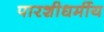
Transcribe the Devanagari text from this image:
पारशीधर्मीय